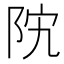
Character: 𱀊